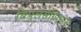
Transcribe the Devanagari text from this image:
बिपुलसोंग्रामास